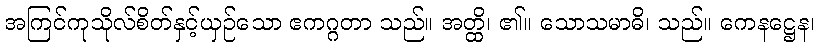
အကြင်ကုသိုလ်စိတ်နှင့်ယှဉ်သော ဧကဂ္ဂတာ သည်။ အတ္ထိ၊ ၏။ သောသမာဓိ၊ သည်။ ကေနဋ္ဌေန၊